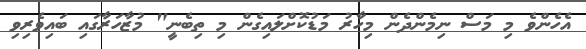
އެހެންވެ މި މަސް ނިމެންދެން މިހާރު މަޑުކޮށްލައިގެން މި ތިބެނީ" މުޒާހަރާގައި ބައިވެރިވި